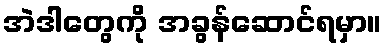
အဲဒါတွေကို အခွန်ဆောင်ရမှာ။